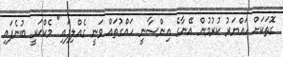
ގޮތަކަށް ހައްޔަރު ކުރުމުން އޭނާގެ އިންސާނީ ހައްގުތައް ވަނީ ގެއްލިފައި" މެކްކަރީ ބުނެފައި